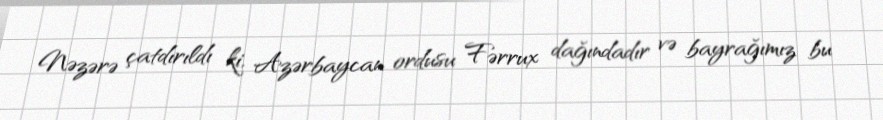
Nəzərə çatdırıldı ki, Azərbaycan ordusu Fərrux dağındadır və bayrağımız bu